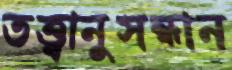
তত্ত্বানুসন্ধান